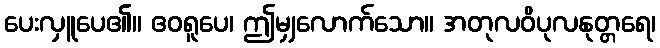
ပေးလှူပေ၏။ ဧဝရူပေ၊ ဤမျှလောက်သော။ အတုလဝိပုလနုတ္တရေ၊